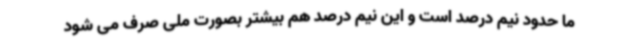
ما حدود نیم درصد است و این نیم درصد هم بیشتر بصورت ملی صرف می شود